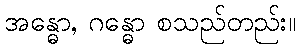
အန္ဓော, ဂန္ဓော စသည်တည်း။